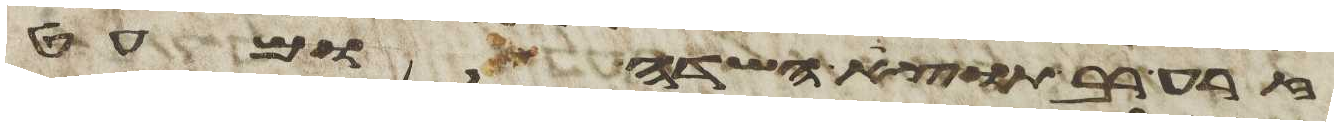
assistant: זרע רב תוצא השדה ומעט